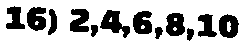
16) 2,4,6,8,10